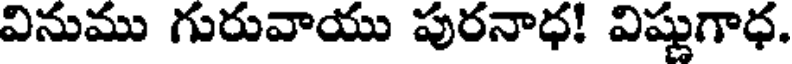
వినుము గురువాయు పురనాధ! విష్ణుగాధ.